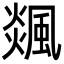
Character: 𩗹